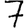
Digit: 7